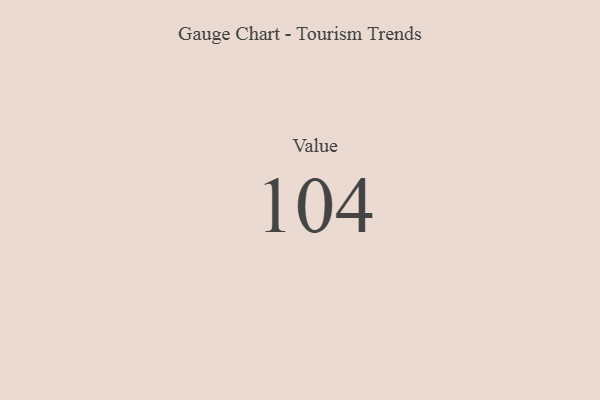
{"axis": {"x": "Metric", "y": "Value"}, "legend": [""], "data": [{"x": "Value", "y": 104, "type": ""}]}